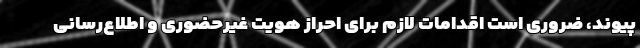
پیوند، ضروری است اقدامات لازم برای احراز هویت غیرحضوری و اطلاع‌رسانی